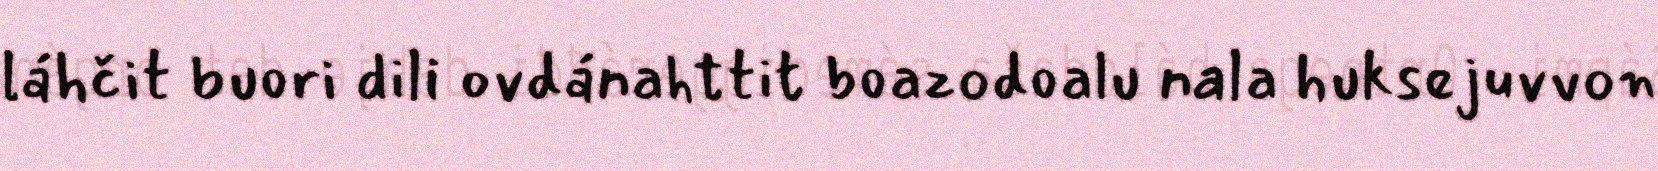
láhčit buori dili ovdánahttit boazodoalu nala huksejuvvon